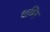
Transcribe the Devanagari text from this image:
धव्नि